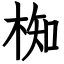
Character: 椥